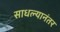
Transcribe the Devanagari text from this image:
साधल्यानंतर